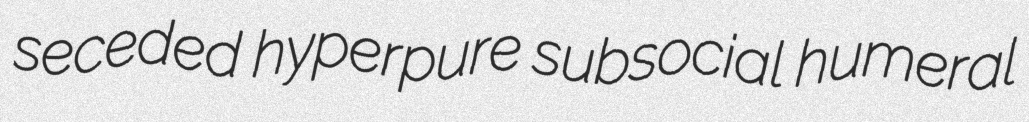
seceded hyperpure subsocial humeral